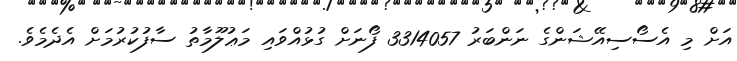
އަށް މި އެސޯސިއޭޝަންގެ ނަންބަރު 3314057 ފޯނަށް ގުޅުއްވައި މަޢުލޫމާތު ސާފުކުރުމަށް އެދެމެވެ.